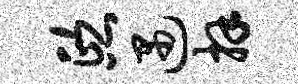
熙遇拜